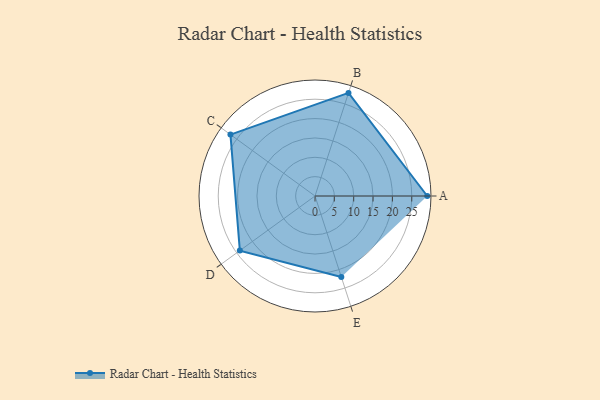
{"axis": {"x": "Skill", "y": "Score"}, "legend": ["Profile"], "data": [{"x": "A", "y": 29.0, "type": "Profile"}, {"x": "B", "y": 28.0, "type": "Profile"}, {"x": "C", "y": 27.0, "type": "Profile"}, {"x": "D", "y": 24.0, "type": "Profile"}, {"x": "E", "y": 22.0, "type": "Profile"}]}